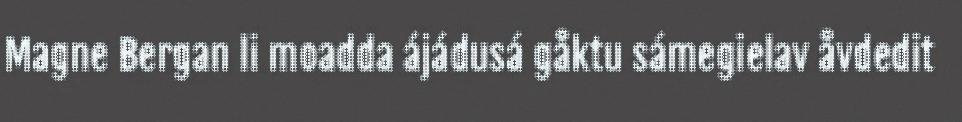
Magne Bergan li moadda ájádusá gåktu sámegielav åvdedit